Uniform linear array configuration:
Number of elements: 32
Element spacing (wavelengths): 1
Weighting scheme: hann
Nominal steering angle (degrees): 30
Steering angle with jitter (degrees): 31.313
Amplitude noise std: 0.05
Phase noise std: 0.05

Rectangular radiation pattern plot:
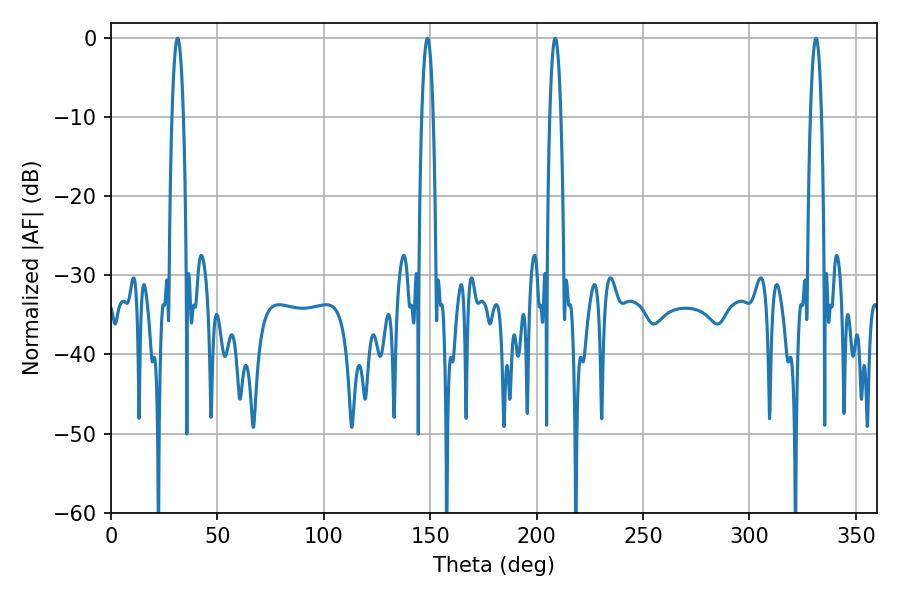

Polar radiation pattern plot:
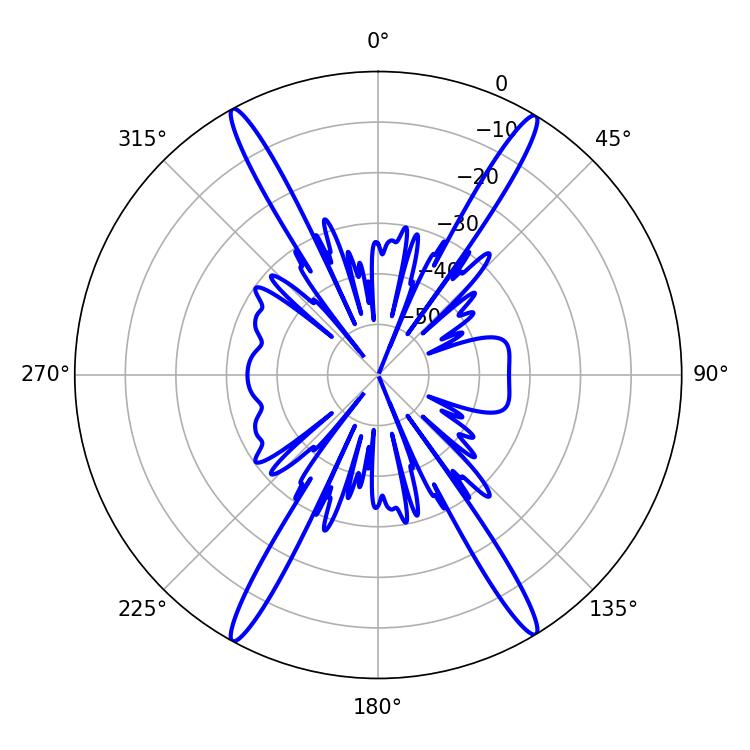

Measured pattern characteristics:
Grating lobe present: TRUE
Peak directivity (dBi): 25.537
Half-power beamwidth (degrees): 2.88
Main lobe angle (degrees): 31.32